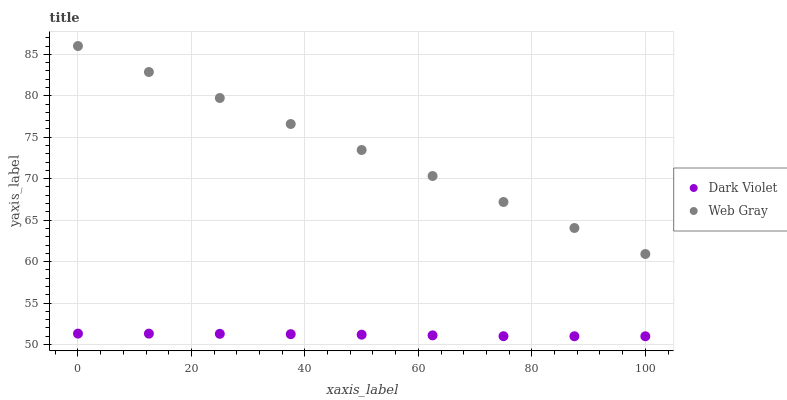
| xaxis_label | Dark Violet | Web Gray |
 | --- | --- | --- |
 | 0 | 51.3 | 86 |
 | 12.5 | 51.3 | 82.9 |
 | 25 | 51.3 | 79.7 |
 | 37.5 | 51.3 | 76.6 |
 | 50 | 51.2 | 73.5 |
 | 62.5 | 51.1 | 70.3 |
 | 75 | 51 | 67.2 |
 | 87.5 | 51 | 64.1 |
 | 100 | 51 | 60.9 |